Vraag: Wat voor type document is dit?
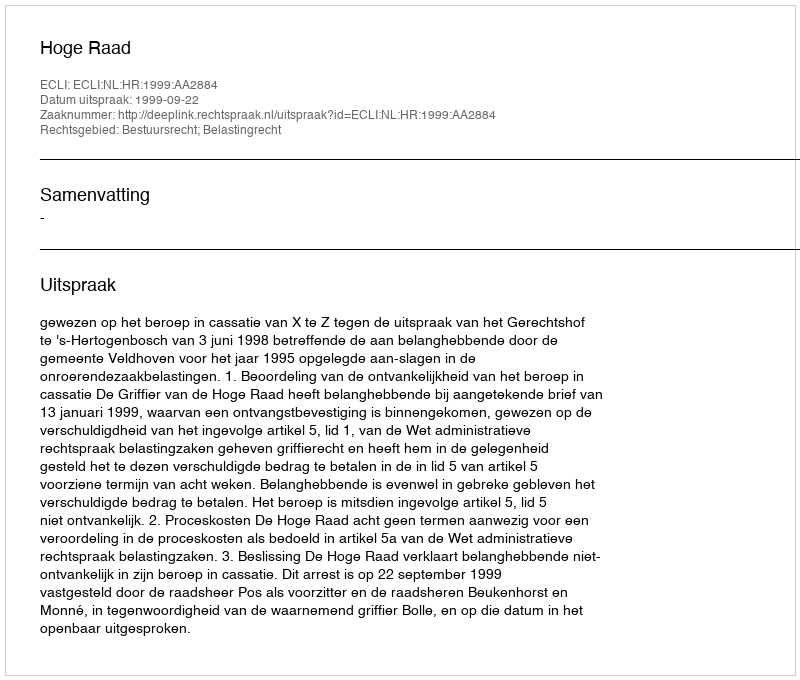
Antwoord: Uitspraak